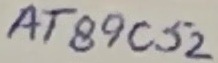
Text: AT89C52